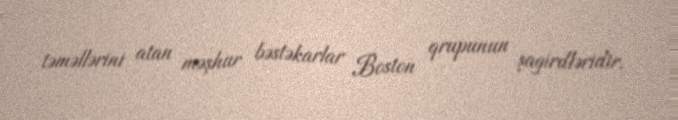
təməllərini atan məşhur bəstəkarlar Boston qrupunun şagirdləridir.